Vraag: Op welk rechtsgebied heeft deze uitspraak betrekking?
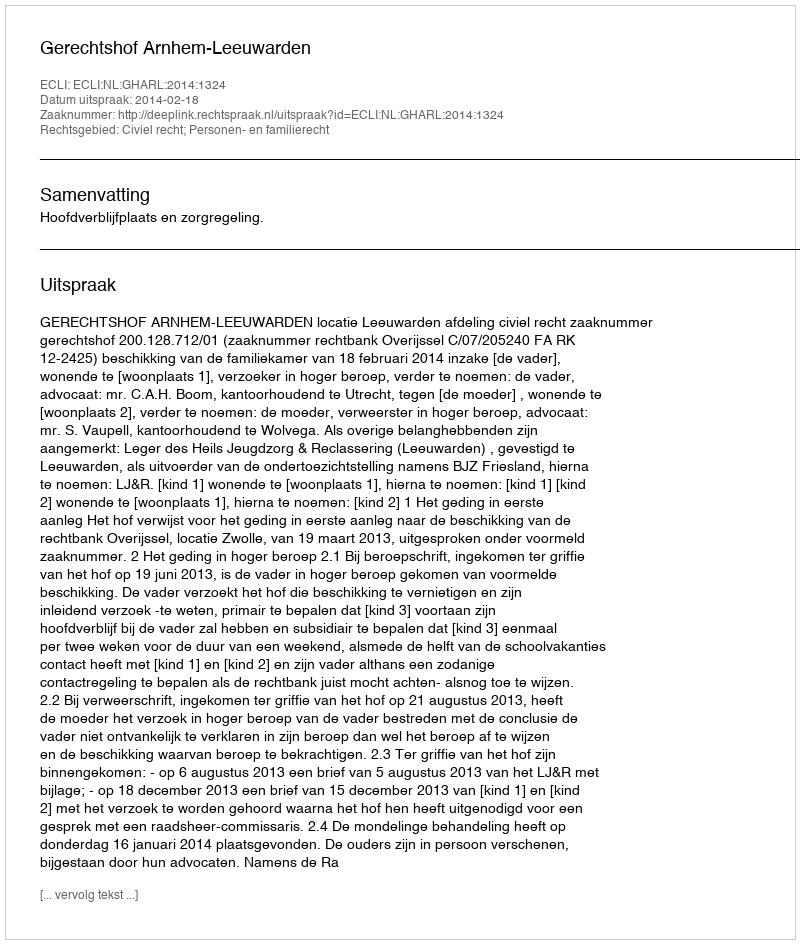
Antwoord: Civiel recht; Personen- en familierecht